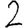
Digit: 2